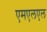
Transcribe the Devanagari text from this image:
एमएलएल